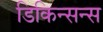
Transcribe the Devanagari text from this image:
डिकिन्सन्स